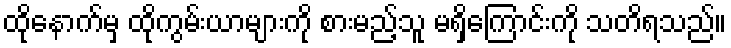
ထိုနောက်မှ ထိုကွမ်းယာများကို စားမည့်သူ မရှိကြောင်းကို သတိရသည်။